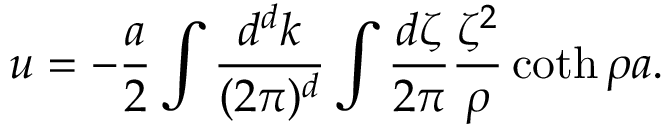
u = - { \frac { a } { 2 } } \int { \frac { d ^ { d } k } { ( 2 \pi ) ^ { d } } } \int { \frac { d \zeta } { 2 \pi } } { \frac { \zeta ^ { 2 } } { \rho } } \coth \rho a .